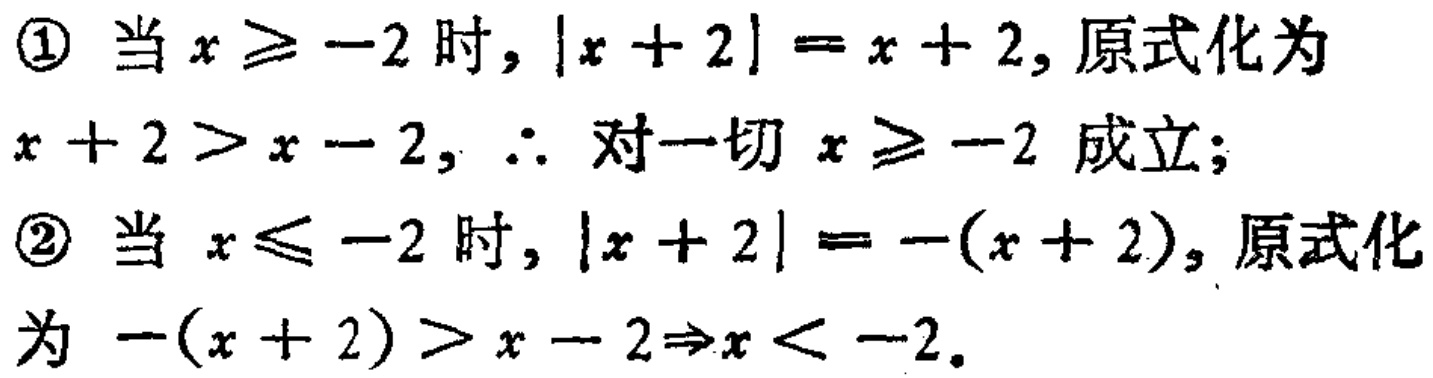
\textcircled{1} 当 \(x\geq -2\) 时，\(\vert x + 2\vert = x + 2\)，原式化为
\(x + 2>x - 2\)，\(\therefore\) 对一切 \(x\geq -2\) 成立；
\textcircled{2} 当 \(x\leq -2\) 时，\(\vert x + 2\vert = -(x + 2)\)，原式化
为 \(-(x + 2)>x - 2\Rightarrow x < -2\)。